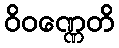
ဝိဝဏ္ဏေတိ